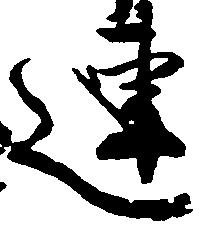
連